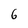
Character: 6